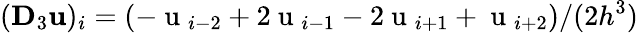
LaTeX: (\mathbf{D}_{3}\mathbf{u})_{i}=(-\mathrm{~u~}_{i-2}+2\mathrm{~u~}_{i-1}-2\mathrm{~u~}_{i+1}+\mathrm{~u~}_{i+2})/(2h^{3})